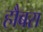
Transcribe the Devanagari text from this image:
हौबरा